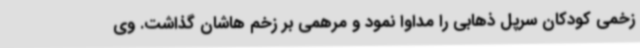
زخمی کودکان سرپل ذهابی را مداوا نمود و مرهمی بر زخم هاشان گذاشت. وی